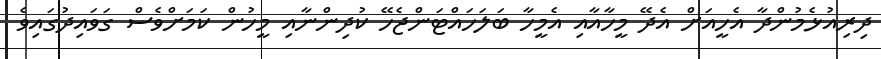
ދިރިއުޅެމުންދާ އެހީއަށް އެދޭ މީހާއާއި އެމީހާ ބަލަހައްޓަންޖެހޭ ކުދިންނާއި މީހުން ކަމަށްވެސް ގަވައިދުގައިވެ